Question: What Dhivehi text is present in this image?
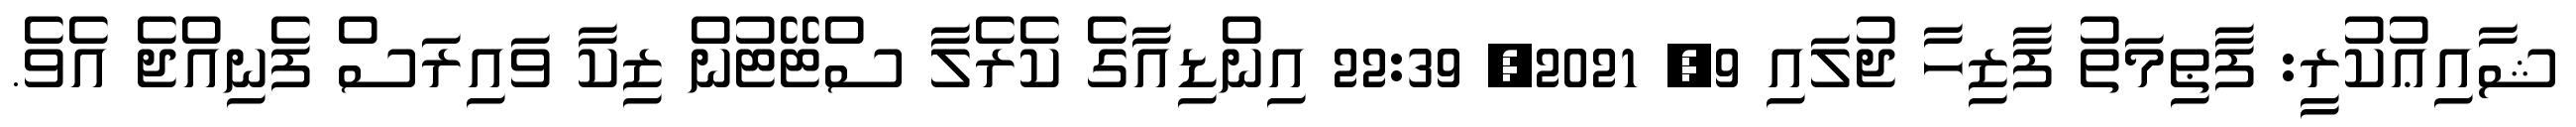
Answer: ޝާއިޢުކުރީ: ފާޠިމަތު ފާޒިހާ ޖުލައި 9, 2021, 22:39 އިންޑިއާގެ ކެރެލާ ސްޓޭޓުން ޒިކާ ވައިރަސް ފެނިއްޖެ އެވެ.